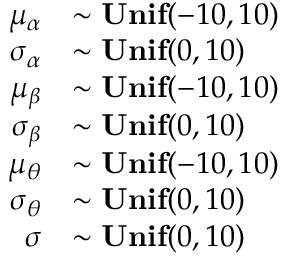
\begin{array} { r l } { \mu _ { \alpha } } & { \sim \mathbf { U n i f } ( - 1 0 , 1 0 ) } \\ { \sigma _ { \alpha } } & { \sim \mathbf { U n i f } ( 0 , 1 0 ) } \\ { \mu _ { \beta } } & { \sim \mathbf { U n i f } ( - 1 0 , 1 0 ) } \\ { \sigma _ { \beta } } & { \sim \mathbf { U n i f } ( 0 , 1 0 ) } \\ { \mu _ { \theta } } & { \sim \mathbf { U n i f } ( - 1 0 , 1 0 ) } \\ { \sigma _ { \theta } } & { \sim \mathbf { U n i f } ( 0 , 1 0 ) } \\ { \sigma } & { \sim \mathbf { U n i f } ( 0 , 1 0 ) } \end{array}